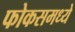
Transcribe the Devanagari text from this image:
फोकसमध्ये